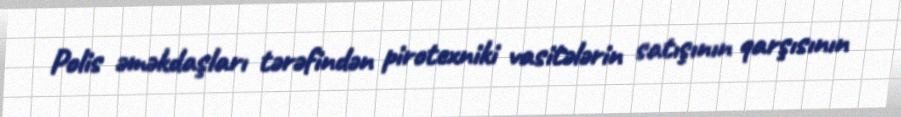
Polis əməkdaşları tərəfindən pirotexniki vasitələrin satışının qarşısının